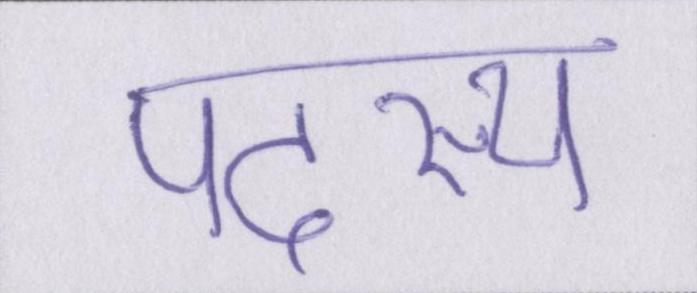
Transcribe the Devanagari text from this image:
पदस्थ